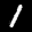
Label: 1